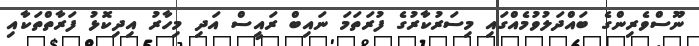
ނޫސްވެރިންގެ ބައްދަލުވުމެއްގައި މިސަރުކާރުގެ ފުރަތަމަ ނައިބް ރައީސް އަދި މިހާރު އިދިކޮޅު ފަރާތްތަކާއި